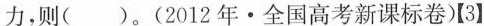
力，则( )。(2012年·全国高考新课标卷)【3】